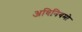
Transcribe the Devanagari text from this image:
अधिनियमो